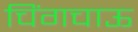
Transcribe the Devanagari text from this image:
चिंगचाऊ